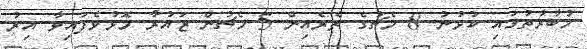
މުބާރާތުގައި ކުޅުނު 8 މެޗުގެ ތެރެއިން 5 މެޗުން ޒައުރާ މޮޅުވެފައިވާ އިރު